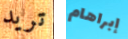
تريد إبراهام